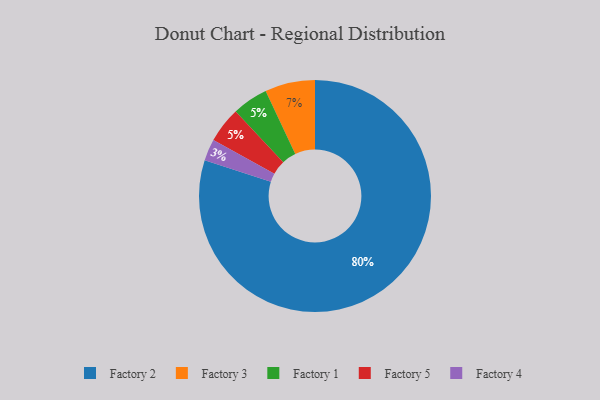
{"axis": {"x": "Category", "y": "Percentage"}, "legend": ["Factory 1", "Factory 2", "Factory 3", "Factory 4", "Factory 5"], "data": [{"x": "Factory 2", "y": 80, "type": "Factory 2"}, {"x": "Factory 1", "y": 5, "type": "Factory 1"}, {"x": "Factory 4", "y": 3, "type": "Factory 4"}, {"x": "Factory 3", "y": 7, "type": "Factory 3"}, {"x": "Factory 5", "y": 5, "type": "Factory 5"}]}